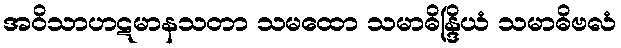
အဝိသာဟဋမာနသတာ သမထော သမာဓိန္ဒြိယံ သမာဓိဗလံ